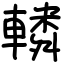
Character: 轔